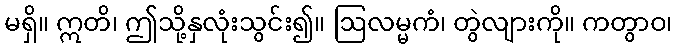
မရှိ။ ဣတိ၊ ဤသို့နှလုံးသွင်း၍။ ဩလမ္မကံ၊ တွဲလျားကို။ ကတွာဝ၊